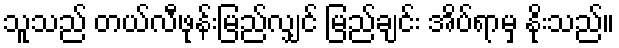
သူသည် တယ်လီဖုန်းမြည်လျှင် မြည်ချင်း အိပ်ရာမှ နိုးသည်။